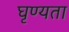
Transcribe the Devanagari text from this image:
घृण्यता